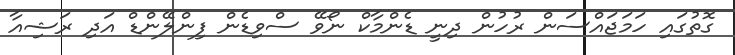
ގޮތުގައި ހަމަޖައްސަން ރުހުން ދިނީ ޑެންމާކް ނޯވޭ ސްވިޑެން ފިންލޭންޑް އަދި ރަޝިއާ